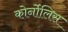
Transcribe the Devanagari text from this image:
कोर्नोलिस